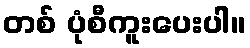
တစ် ပုံစီကူးပေးပါ။